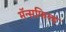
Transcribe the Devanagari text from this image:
मॅन्सफिल्ड